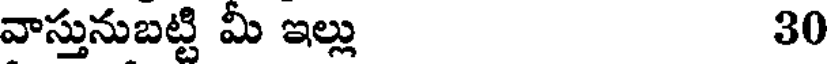
వాస్తునుబట్టి మీ ఇల్లు 30